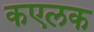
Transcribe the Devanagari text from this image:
कएलक